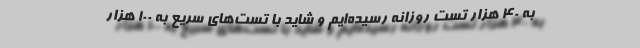
به ۴۰ هزار تست روزانه رسیده‌ایم و شاید با تست‌های سریع به ۱۰۰ هزار